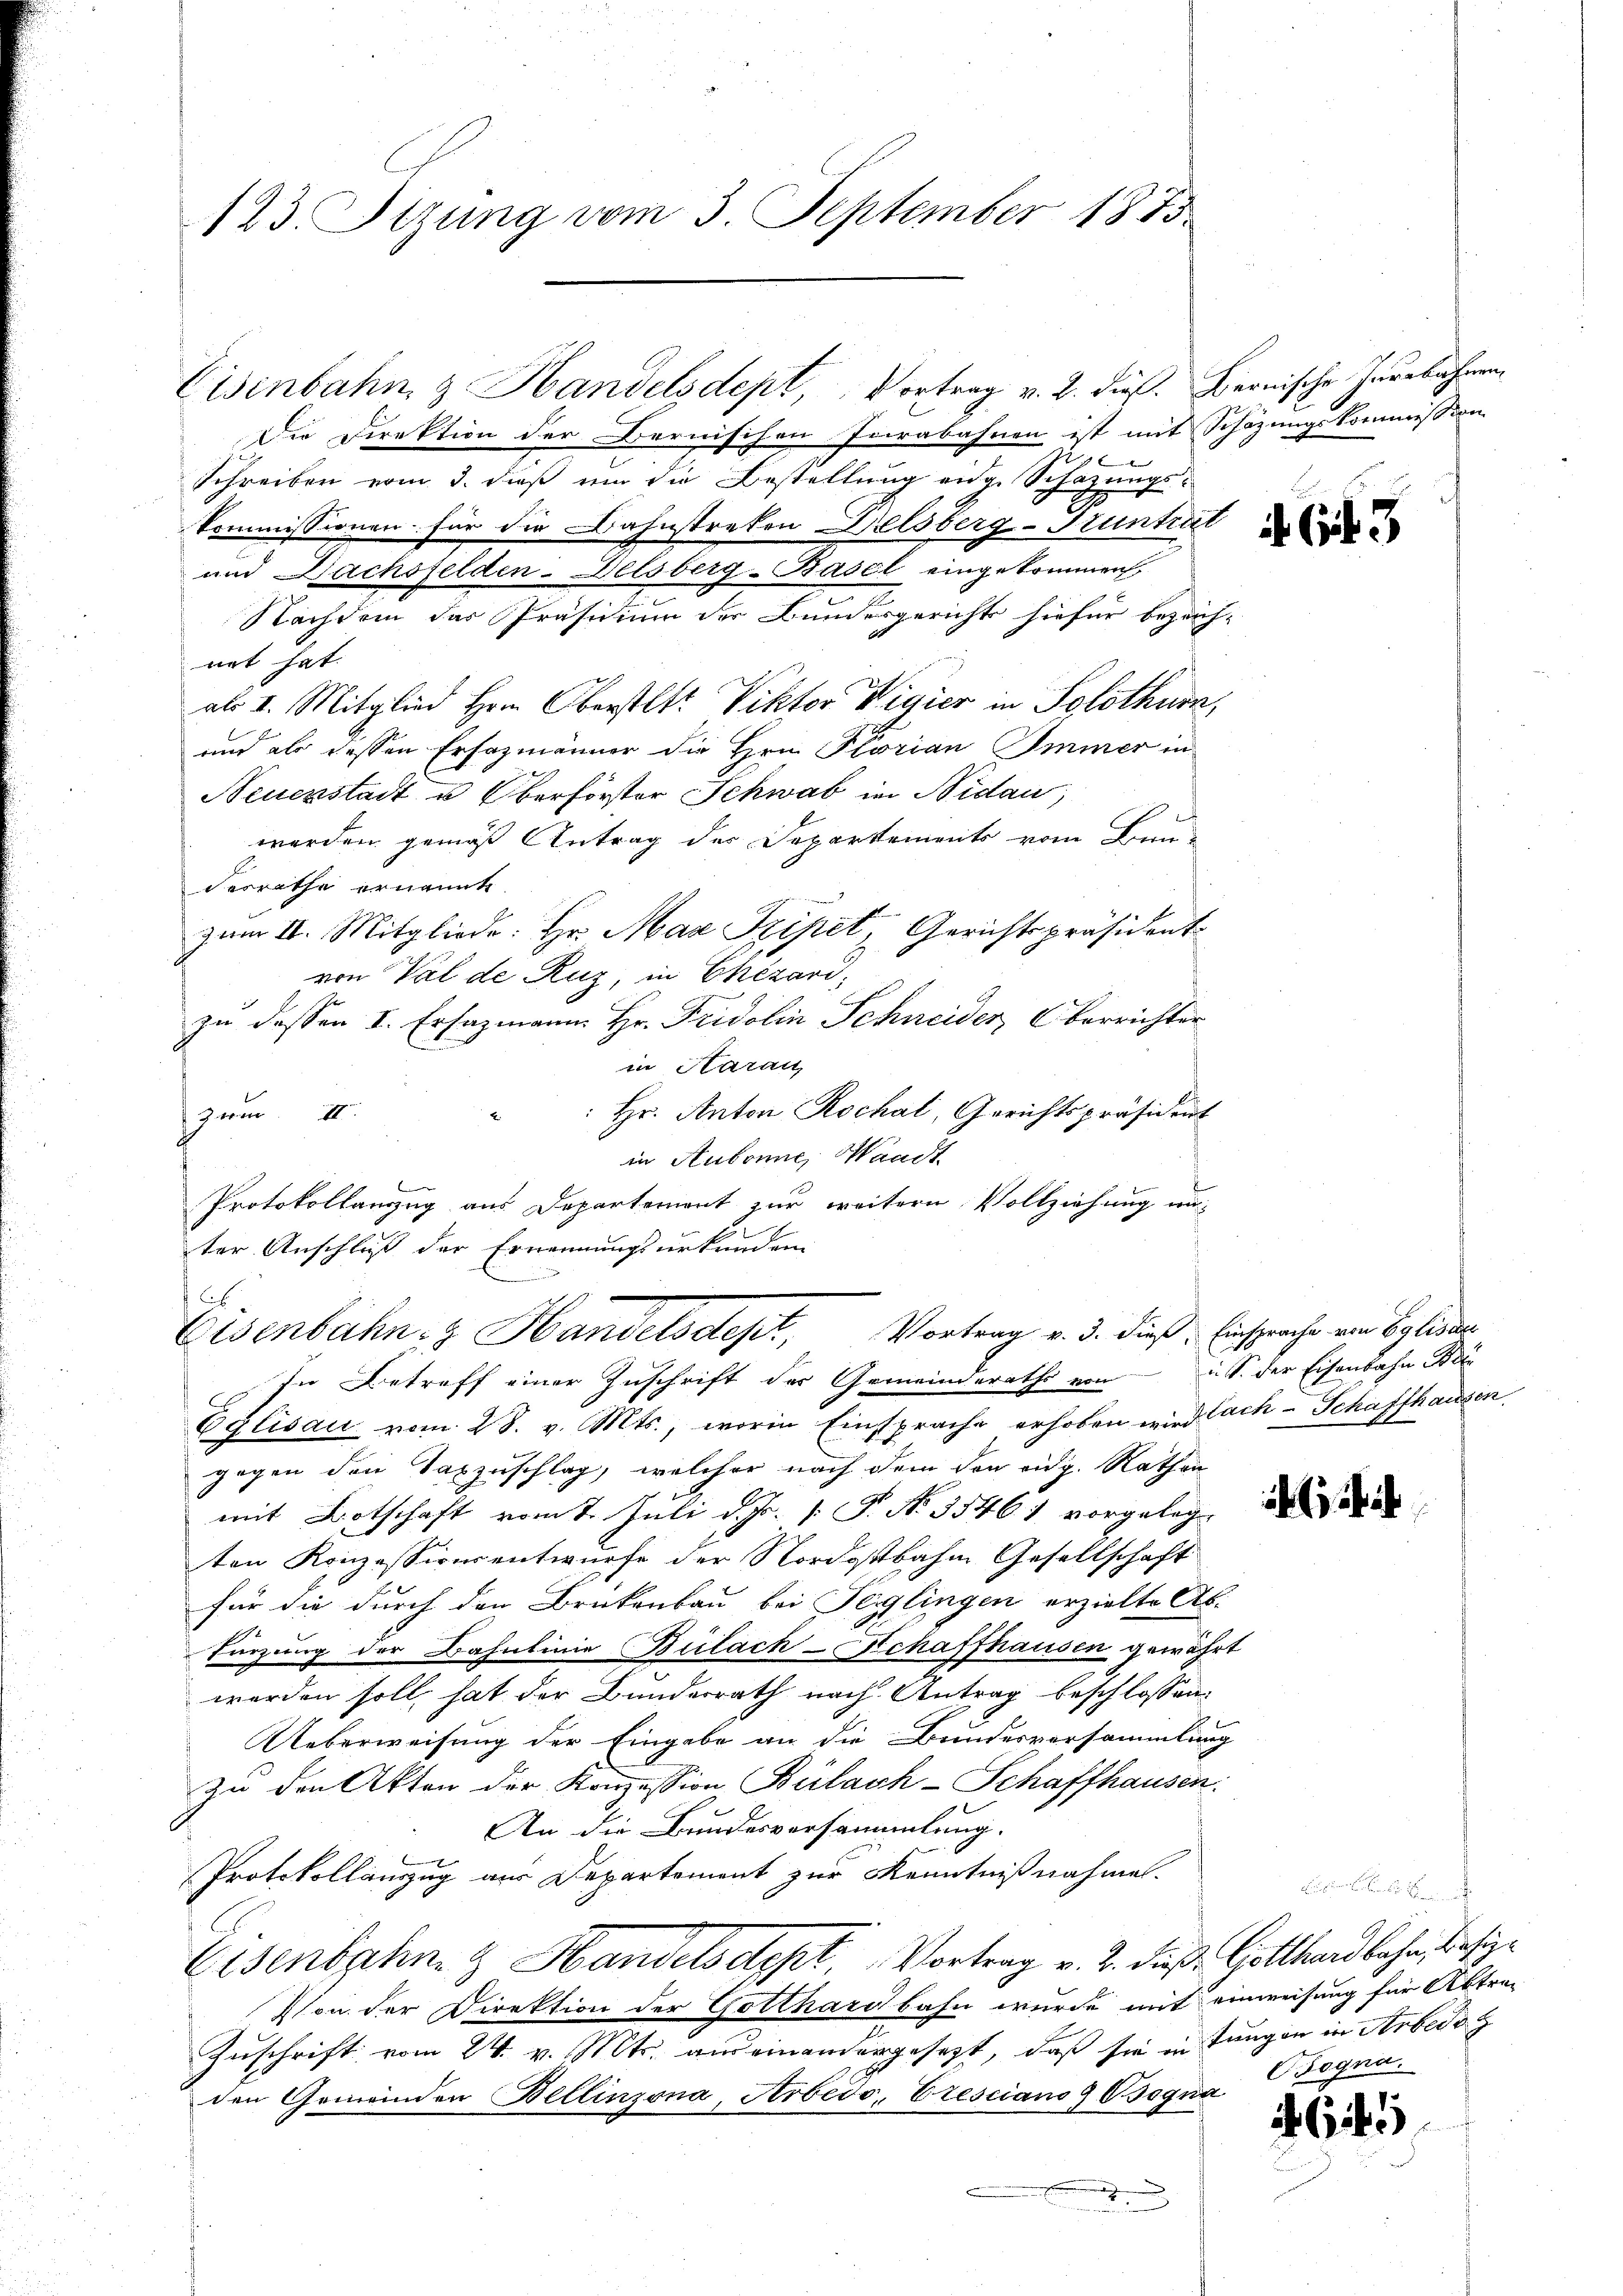
123. Sizung vom 3. September 1873.

Eisenbahn & Handelsdept, Vortrag v. 2. dieß. Bernische Inerbahnen,

Die Direktion der Bernischen Jarabahnen ist mit Schözungskommission
x
Schreiben vom 3. dieß um die Bestellung eidg. Schazungskommissionen für die Bahnstreken Welsberg-Huntal
und Dachsfelden-Delsberg-Basel eingekommen
Nachdem das Präsidium der Bundesgerichts hiefür bezeich-
net hat.
als I. Mitglied Hrn. Oberstl. Viktor Vigier in Solothurn,
und als dessen Ersazmänner die Hrn. Florian Immer in
Neuenstadt u Oberförster Schwab in Nidau,
werden gemäß Antrag des Departements vom Bau-
derrathe ernannte.
zum II. Mitgliede: Hr. Max Szipet, Gerichtspräsident
von Val de Ruz, in Chezarizu dessen I. Ersazmann Hr. Fridolin Schneider, Oberrichter
in Aarau
 Hr. Anton Rochat, Gerichtspräsident
zum. I.
in Aubonne, Waadt
Protokollanzug aus Departement zur weitern Vollziehung unter Anschluß der Ernennungsurkunden
.
Eisenbahn- & Handelsdept, Vortrag v. 3. dieß: Einsprache von Eglieder
In Betreff einer Zuschrift der Gemeinderaths von S. der Eisenbahn di
Eglisau vom 28. v. Mts., worin Einsprache erhoben wird lach Schaffhausen,
gegen den Taxzuschlag, welcher nach dem den eidg. Rathen
mit Botschaft vom 1. Juli d. Js. 1. P. No. 35461 vorgelegten Konzessionsentwurfe der Nordostbahn Gesellschaft
für die durch den Brükenbau bei Teiglingen erzielte Ab-
Türzung der Bahnlinie Bülach-Schaffhausen gewährt
werden soll, hat der Bundesrath nach Antrag beschlossen:
Ueberweisung der Eingabe an die Bundesversammlung
zu den Akten der Konzession Bülach-Schaffhausen.
An die Bundesversammlung.
Protokollauszug aus Departement zur Kenntnißnahmen.
Eisenbahn & Handelsdept Vortrag v. 2. dieß Gotthardbahn, dasige
Von der Direktion der Gotthardbahn wurde mit einweisung für Abtre¬
Zuschrift vom 24. v. Mts. aus einandergesezt, daß sie in Lungen in Arbed
den Gemeinden Bellinzona, Arbedo, Cresciano 9 Cogna
.

ichis

Bogna.